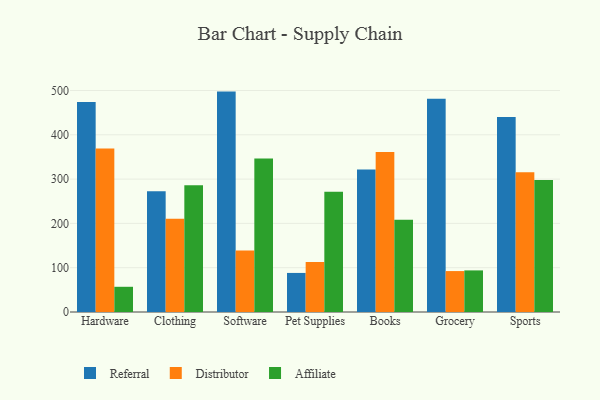
{"axis": {"x": "Category", "y": "Production Output"}, "legend": ["Affiliate", "Distributor", "Referral"], "data": [{"x": "Hardware", "y": 474.3, "type": "Referral"}, {"x": "Hardware", "y": 369.2, "type": "Distributor"}, {"x": "Hardware", "y": 56.9, "type": "Affiliate"}, {"x": "Clothing", "y": 272.7, "type": "Referral"}, {"x": "Clothing", "y": 210.5, "type": "Distributor"}, {"x": "Clothing", "y": 286.0, "type": "Affiliate"}, {"x": "Software", "y": 497.5, "type": "Referral"}, {"x": "Software", "y": 138.6, "type": "Distributor"}, {"x": "Software", "y": 346.6, "type": "Affiliate"}, {"x": "Pet Supplies", "y": 88.2, "type": "Referral"}, {"x": "Pet Supplies", "y": 112.9, "type": "Distributor"}, {"x": "Pet Supplies", "y": 271.2, "type": "Affiliate"}, {"x": "Books", "y": 321.6, "type": "Referral"}, {"x": "Books", "y": 361.0, "type": "Distributor"}, {"x": "Books", "y": 208.4, "type": "Affiliate"}, {"x": "Grocery", "y": 481.5, "type": "Referral"}, {"x": "Grocery", "y": 92.4, "type": "Distributor"}, {"x": "Grocery", "y": 93.9, "type": "Affiliate"}, {"x": "Sports", "y": 440.3, "type": "Referral"}, {"x": "Sports", "y": 315.6, "type": "Distributor"}, {"x": "Sports", "y": 297.8, "type": "Affiliate"}]}